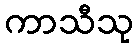
ကာသီသု